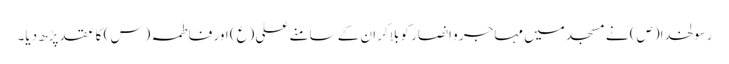
رسولخدا(ص) نے مسجد میں مہاجر و انصار کو بلاکر ان کے سامنے علی (ع) اور فاطمہ (س) کا عقد پڑھ دیا۔